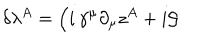
\delta \lambda ^ { A } = \Big ( i \, \gamma ^ { \mu } \partial _ { \mu } z ^ { A } + i { \cal G }